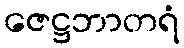
ဇေဋ္ဌဘာတရံ